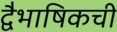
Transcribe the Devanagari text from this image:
द्वैभाषिकची